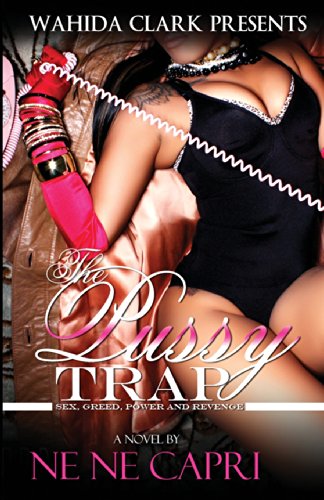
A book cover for The Pussy Trap (Wahida Clark Presents); NeNe Capri; Romance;